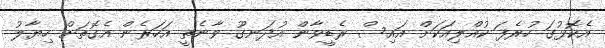
އެކޮޅުގަ ހުރެފަ ކުއްލިއަކަށް އައިސް ރެޑީވާން އުދަނގޫ ވާނެތީ އަހަރެން އެގޮތަށް ހިޔާލު